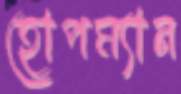
হোপম্যান